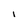
Character: i